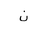
Letter: _non